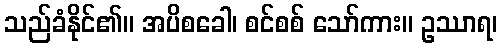
သည်ခံနိုင်၏။ အပိစခေါ၊ စင်စစ် သော်ကား။ ဥဿာရ၊